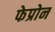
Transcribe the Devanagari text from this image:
फेप्रोन